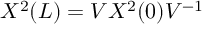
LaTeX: X ^ { 2 } ( L ) = V X ^ { 2 } ( 0 ) V ^ { - 1 }